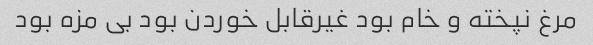
مرغ نپخته و خام بود غیرقابل خوردن بود بی مزه بود